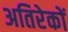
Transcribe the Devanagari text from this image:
अतिरेकों